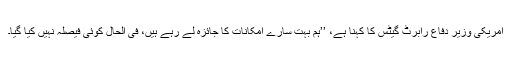
امریکی وزیر دفاع رابرٹ گیٹس کا کہنا ہے، ’’ہم بہت سارے امکانات کا جائزہ لے رہے ہیں، فی الحال کوئی فیصلہ نہیں کیا گیا۔